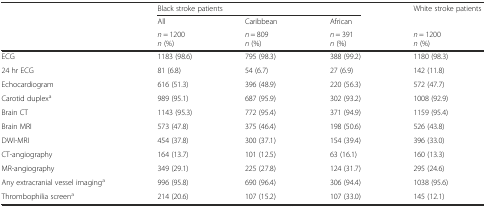
<table><thead><tr><td rowspan="3"></td><td colspan="3"><b>Black stroke patients</b></td><td rowspan="2"><b>White stroke patients</b></td></tr><tr><td><b>All</b></td><td><b>Caribbean</b></td><td><b>African</b></td></tr><tr><td><b><i>n</i> = 1200<i>n</i> (%)</b></td><td><b><i>n</i> = 809<i>n</i> (%)</b></td><td><b><i>n</i> = 391<i>n</i> (%)</b></td><td><b><i>n</i> = 1200<i>n</i> (%)</b></td></tr></thead><tbody><tr><td>ECG</td><td>1183 (98.6)</td><td>795 (98.3)</td><td>388 (99.2)</td><td>1180 (98.3)</td></tr><tr><td>24 hr ECG</td><td>81 (6.8)</td><td>54 (6.7)</td><td>27 (6.9)</td><td>142 (11.8)</td></tr><tr><td>Echocardiogram</td><td>616 (51.3)</td><td>396 (48.9)</td><td>220 (56.3)</td><td>572 (47.7)</td></tr><tr><td>Carotid duplex<sup>a</sup></td><td>989 (95.1)</td><td>687 (95.9)</td><td>302 (93.2)</td><td>1008 (92.9)</td></tr><tr><td>Brain CT</td><td>1143 (95.3)</td><td>772 (95.4)</td><td>371 (94.9)</td><td>1159 (95.4)</td></tr><tr><td>Brain MRI</td><td>573 (47.8)</td><td>375 (46.4)</td><td>198 (50.6)</td><td>526 (43.8)</td></tr><tr><td>DWI-MRI</td><td>454 (37.8)</td><td>300 (37.1)</td><td>154 (39.4)</td><td>396 (33.0)</td></tr><tr><td>CT-angiography</td><td>164 (13.7)</td><td>101 (12.5)</td><td>63 (16.1)</td><td>160 (13.3)</td></tr><tr><td>MR-angiography</td><td>349 (29.1)</td><td>225 (27.8)</td><td>124 (31.7)</td><td>295 (24.6)</td></tr><tr><td>Any extracranial vessel imaging<sup>a</sup></td><td>996 (95.8)</td><td>690 (96.4)</td><td>306 (94.4)</td><td>1038 (95.6)</td></tr><tr><td>Thrombophilia screen<sup>a</sup></td><td>214 (20.6)</td><td>107 (15.2)</td><td>107 (33.0)</td><td>145 (12.1)</td></tr></tbody></table>